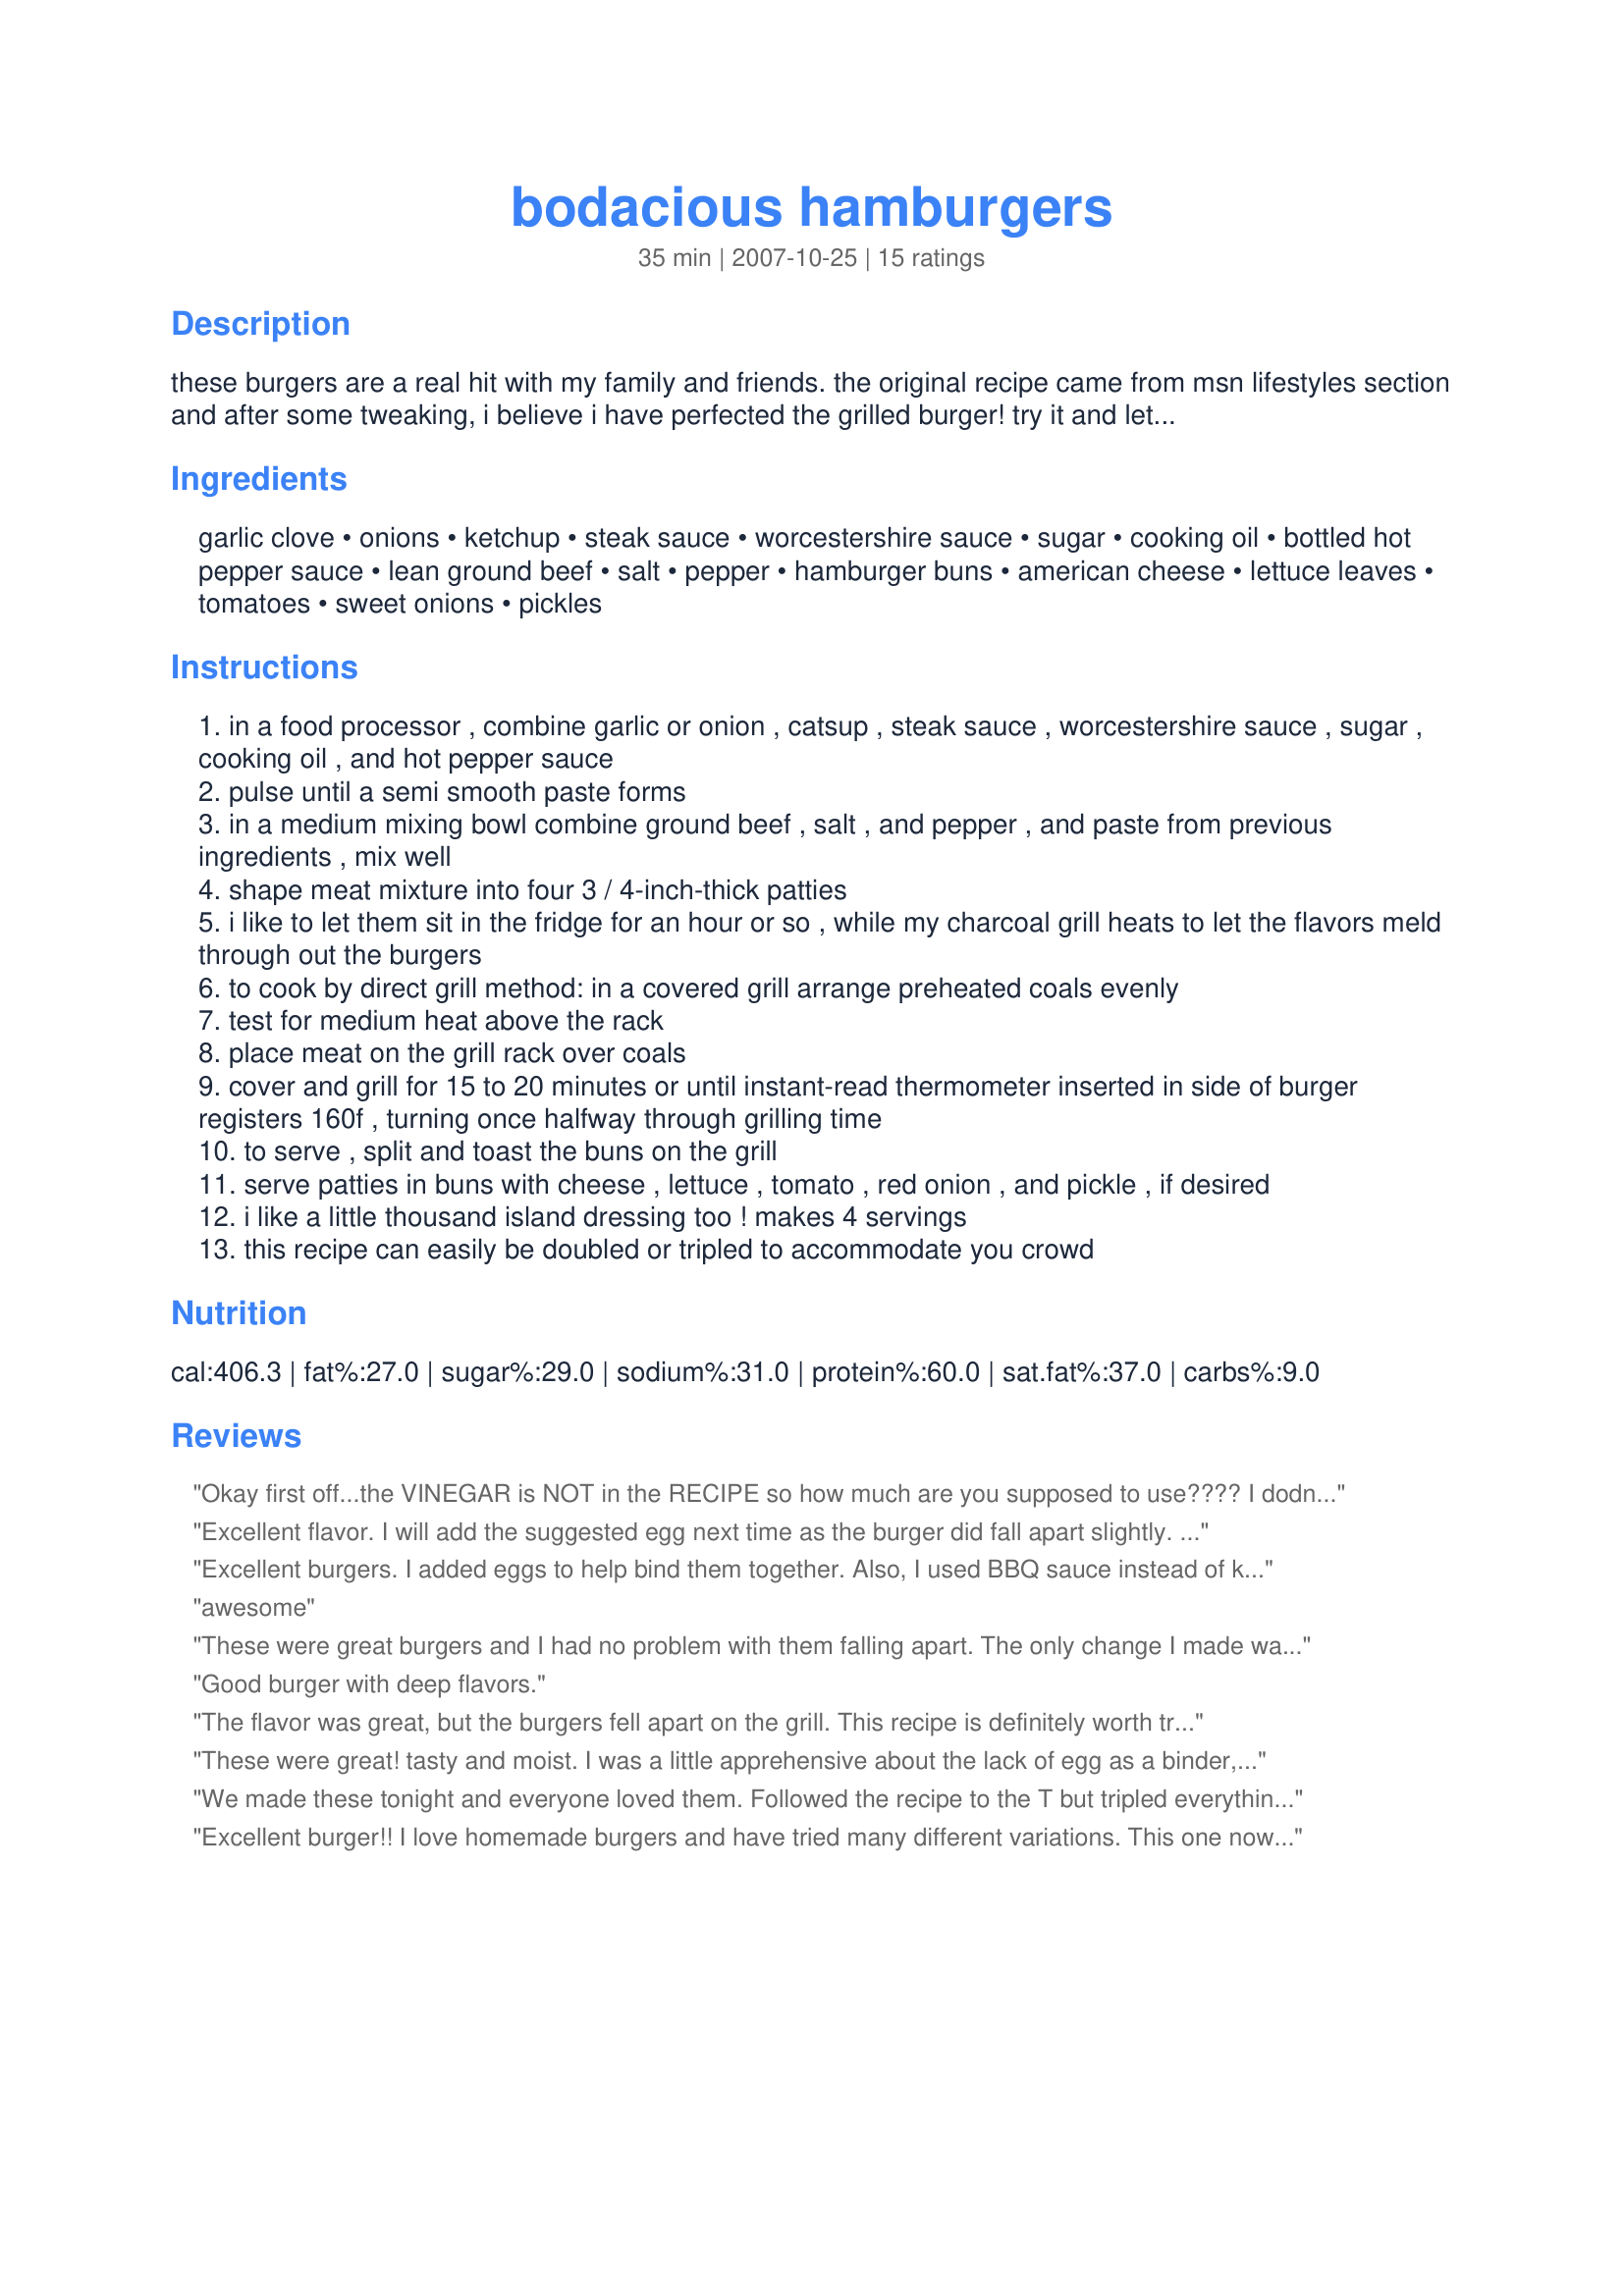
bodacious hamburgers
Preparation time: 35 minutes

these burgers are a real hit with my family and friends. the original recipe came from msn lifestyles section and after some tweaking, i believe i have perfected the grilled burger! try it and let me know, i have never had a bad comment from anyone, even my picky children. thanks and enjoy!
p.s. i just tried a little substitution last week..instead of the hot souce, try chipotle peppers in adobo sauce.....excellent option! great flavor and heat.

Ingredients:
garlic clove, onions, ketchup, steak sauce, worcestershire sauce, sugar, cooking oil, bottled hot pepper sauce, lean ground beef, salt, pepper, hamburger buns, american cheese, lettuce leaves, tomatoes, sweet onions, pickles

Steps:
in a food processor , combine garlic or onion , catsup , steak sauce , worcestershire sauce , sugar , cooking oil , and hot pepper sauce
pulse until a semi smooth paste forms
in a medium mixing bowl combine ground beef , salt , and pepper , and paste from previous ingredients , mix well
shape meat mixture into four 3 / 4-inch-thick patties
i like to let them sit in the fridge for an hour or so , while my charcoal grill heats to let the flavors meld through out the burgers
to cook by direct grill method: in a covered grill arrange preheated coals evenly
test for medium heat above the rack
place meat on the grill rack over coals
cover and grill for 15 to 20 minutes or until instant-read thermometer inserted in side of burger registers 160f , turning once halfway through grilling time
to serve , split and toast the buns on the grill
serve patties in buns with cheese , lettuce , tomato , red onion , and pickle , if desired
i like a little thousand island dressing too ! makes 4 servings
this recipe can easily be doubled or tripled to accommodate you crowd

Reviews:
Okay first off...the VINEGAR is NOT in the RECIPE so how much are you supposed to use????

I dodn't use any just followed the recipe as is. I would probably add an egg to hold the burgers together; mine were falling apart a lot. I loved the flavor, my family loved them and teh kids loved 'em. 

Super yummy!!!
Excellent flavor. I will add the suggested egg next time as the burger did fall apart slightly. Not enough to keep us from enjoying them though. I also used the BBQ sauce instead of the ketchup as a personal preference. Thanks.
Excellent burgers. I added eggs to help bind them together. Also, I used BBQ sauce instead of ketchup.
awesome
These were great burgers and I had no problem with them falling apart. The only change I made was using 1 1/2 lbs of ground beef instead of just 1 lb. My father came to dinner that night and said that they were better than the usual burgers I make. He said they were even better the second day for lunch.
Good burger with deep flavors.
The flavor was great, but the burgers fell apart on the grill. This recipe is definitely worth trying out, but add an egg to make sure the meat doesn't crumble into the grill.
These were great! tasty and moist. I was a little apprehensive about the lack of egg as a binder, but they turned out great! Only omission was the hot sauce and used bbq sauce in lieu of steak sauce. Will make these babies again!!
We made these tonight and everyone loved them. Followed the recipe to the T but tripled everything for a larger batch. We did have some trouble with them falling apart (which is why we gave 4 stars, otherwise they would be 5 stars). They are a nice variation from our usual grilled burgers. Very moist and flavorful, but I think next time we make these we will add more garlic and a bit less hot sauce. We have some pretty bad indigestion tonight...lol!
Excellent burger!! I love homemade burgers and have tried many different variations. This one now goes to the top of my list! This is a very flavorful, moist burger especially with pepper-jack cheese. Great job Iceman - thanks. Made for PAC Spring 2008.
Absolutely Delicious!!!! I did not have a food processor but with a constant mix it will work just as well once you mix it with the meat.. I even made the burgers in a pan with some E.V.O.O cause it rained & couldnt throw them on the grill. They came out sooo moist & perfect!! Thanks for the great recipee!
We really liked the flavor of these burgers. I did have a problem with them falling apart while cooking. The mixture was too wet. The flavor was great, though!
This is a very good burger! I didn't have a food processer to make a paste so I just mixed those ingredients up real well with a spoon before adding them and it worked just fine. Had no problems with them falling apart either, I just made sure to turn them only once. I will definately try this with deer and elk meat as well.
I'm not a big fan of hamburgers just for the fact that I don't care for a slab of tasteless hamburger grilled meat. Have been looking for some way to flavor it up and this recipe is it! My family really loved it as so did I. This will be the only way I will be naking my burgers from now on!
These were good!
